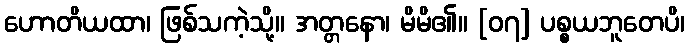
ဟောတိယထာ၊ ဖြစ်သကဲ့သို့။ အတ္တနော၊ မိမိ၏။ [၀၇] ပစ္စယဘူတေပိ၊